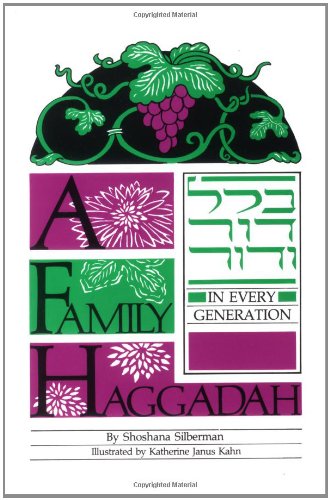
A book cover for A Family Haggadah; Shoshana Silberman; Religion & Spirituality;